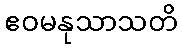
ဧဝမနုသာသတိ